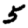
Digit: 5